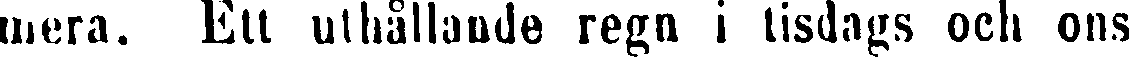
mera. Ett uthållande regn i tisdags och ons